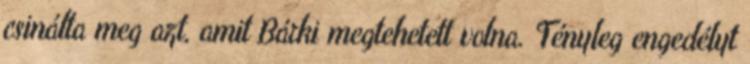
csinálta meg azt, amit Bárki megtehetett volna. Tényleg engedélyt